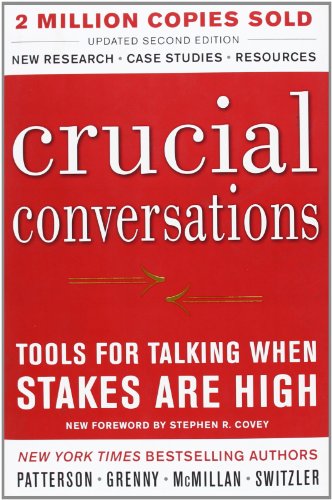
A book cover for Crucial Conversations: Tools for Talking When Stakes Are High, Second Edition; Kerry Patterson; Politics & Social Sciences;